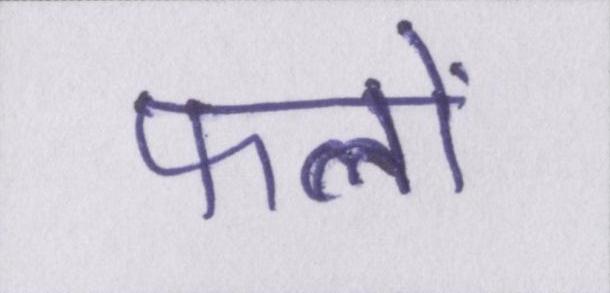
फलों